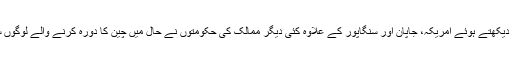
کورونا وائرس کے بڑھتے ہوئے معاملات کو دیکھتے ہوئے امریکہ، جاپان اور سنگاپور کے علاوہ کئی دیگر ممالک کی حکومتوں نے حال میں چین کا دورہ کرنے والے لوگوں سے اپنے ملک میں داخلہ پر روک لگا دی ہے۔